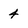
Character: 4